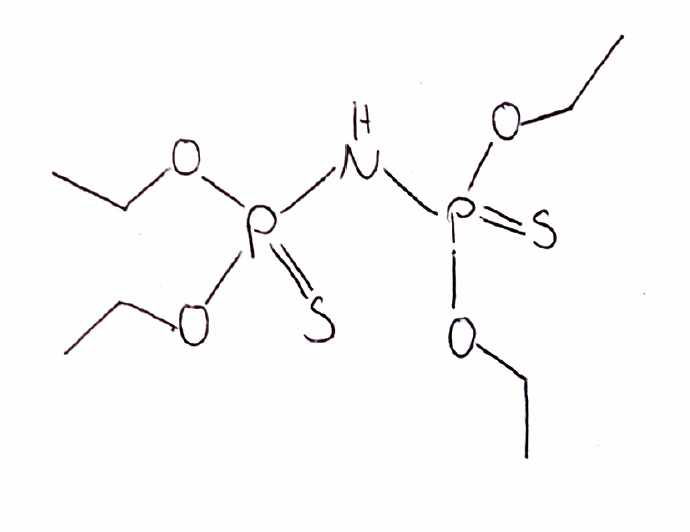
Simplified molecular-input line-entry system (SMILES) notation of the given molecule:
CCOP(=S)(NP(=S)(OCC)OCC)OCC